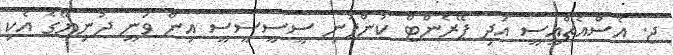
ޖ. އެސްއެޗްއީސީ އަދި ޕޭރެންޓް ކުންފުނި ސީސީސީސީ އިން ވަނީ ދުނިޔޭގެ އެކި